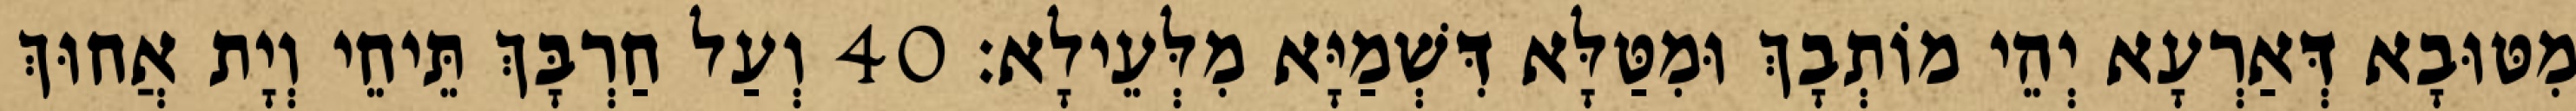
מִטּוּבָא דְּאַרְעָא יְהֵי מוֹתְבָךְ וּמִטַּלָּא דִּשְׁמַיָּא מִלְּעֵילָא׃ 40 וְעַל חַרְבָּךְ תֵּיחֵי וְיָת אֲחוּךְ